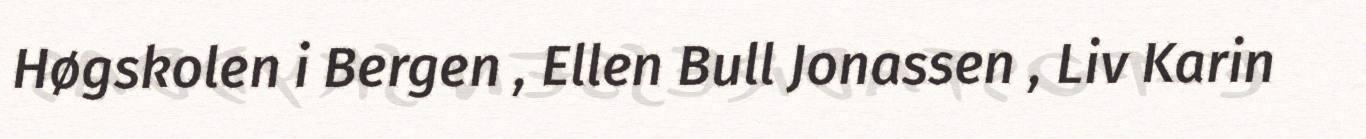
Høgskolen i Bergen , Ellen Bull Jonassen , Liv Karin